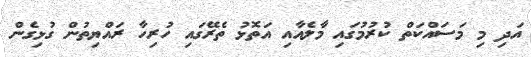
އަދި މި މަސައްކަތް ކުރުމުގައި މާލެއާއި އަތޮޅު ތެރޭގައި ހުރިހާ ރައްޔިތުން ގުޅިގެން